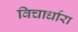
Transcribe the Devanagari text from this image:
विचार्धारा